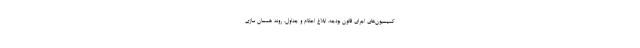
کمیسیون‌های اجرای قانون بودجه، ابلاغ احکام و جداول، روند همسان سازی